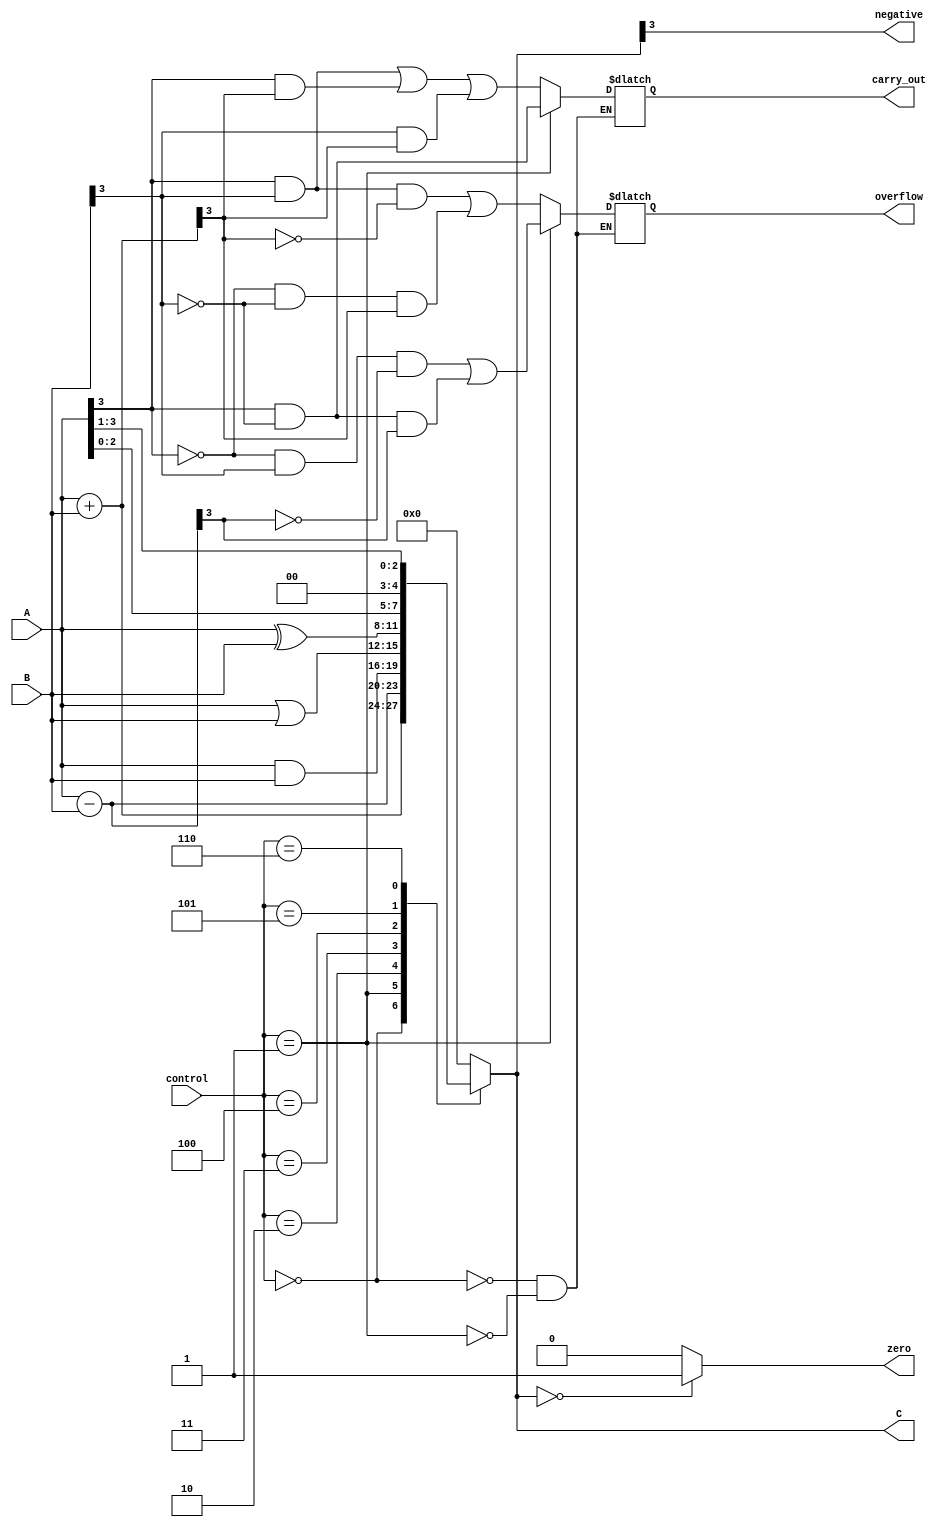
module alu (
    input [3:0] A,
    input [3:0] B,
    input [2:0] control,
    output [3:0] C,
    output carry_out,
    output overflow,
    output zero,
    output negative
);

reg [3:0] result;
reg carry_out;
reg overflow;
reg zero;
reg negative;

always @ (*) begin
    case (control)
        3'b000: begin // addition
            result = A + B;
            carry_out = (A[3] & B[3]) | (A[3] & result[3]) | (B[3] & result[3]);
            overflow = (A[3] & B[3] & ~result[3]) | (~A[3] & ~B[3] & result[3]);
        end
        3'b001: begin // subtraction
            result = A - B;
            carry_out = A[3] & ~B[3];
            overflow = (~A[3] & B[3] & ~result[3]) | (A[3] & ~B[3] & result[3]);
        end
        3'b010: result = A & B; // AND
        3'b011: result = A | B; // OR
        3'b100: result = A ^ B; // XOR
        3'b101: result = A << 1; // shift left
        3'b110: result = A >> 1; // shift right
        default: result = 4'b0000; // default to zero
    endcase

    zero = (result == 4'b0000) ? 1'b1 : 1'b0;
    negative = result[3];
end

assign C = result;

endmodule